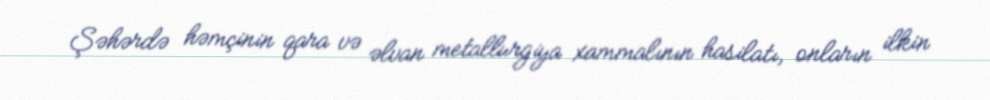
Şəhərdə həmçinin qara və əlvan metallurgiya xammalının hasilatı, onların ilkin